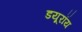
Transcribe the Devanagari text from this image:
डयूरॉय